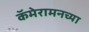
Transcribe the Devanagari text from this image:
कॅमेरामनच्या